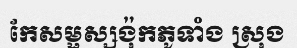
កែសម្ផស្សង៉ុកភូទាំង ស្រុង